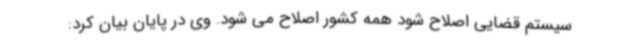
سیستم قضایی اصلاح شود همه کشور اصلاح می شود. وی در پایان بیان کرد: